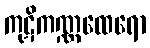
ကုဋိကဏ္ဏထေရော